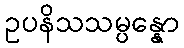
ဥပနိသသမ္ပန္နော